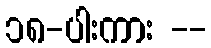
၁၈-ပါးကား --